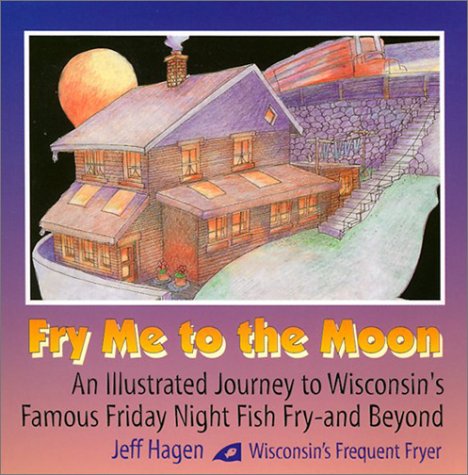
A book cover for Fry Me to the Moon: An Illustrated Journey to Wisconsin's Famous Friday Night Fish Fry - And Beyond!; Jeff Hagen; Travel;